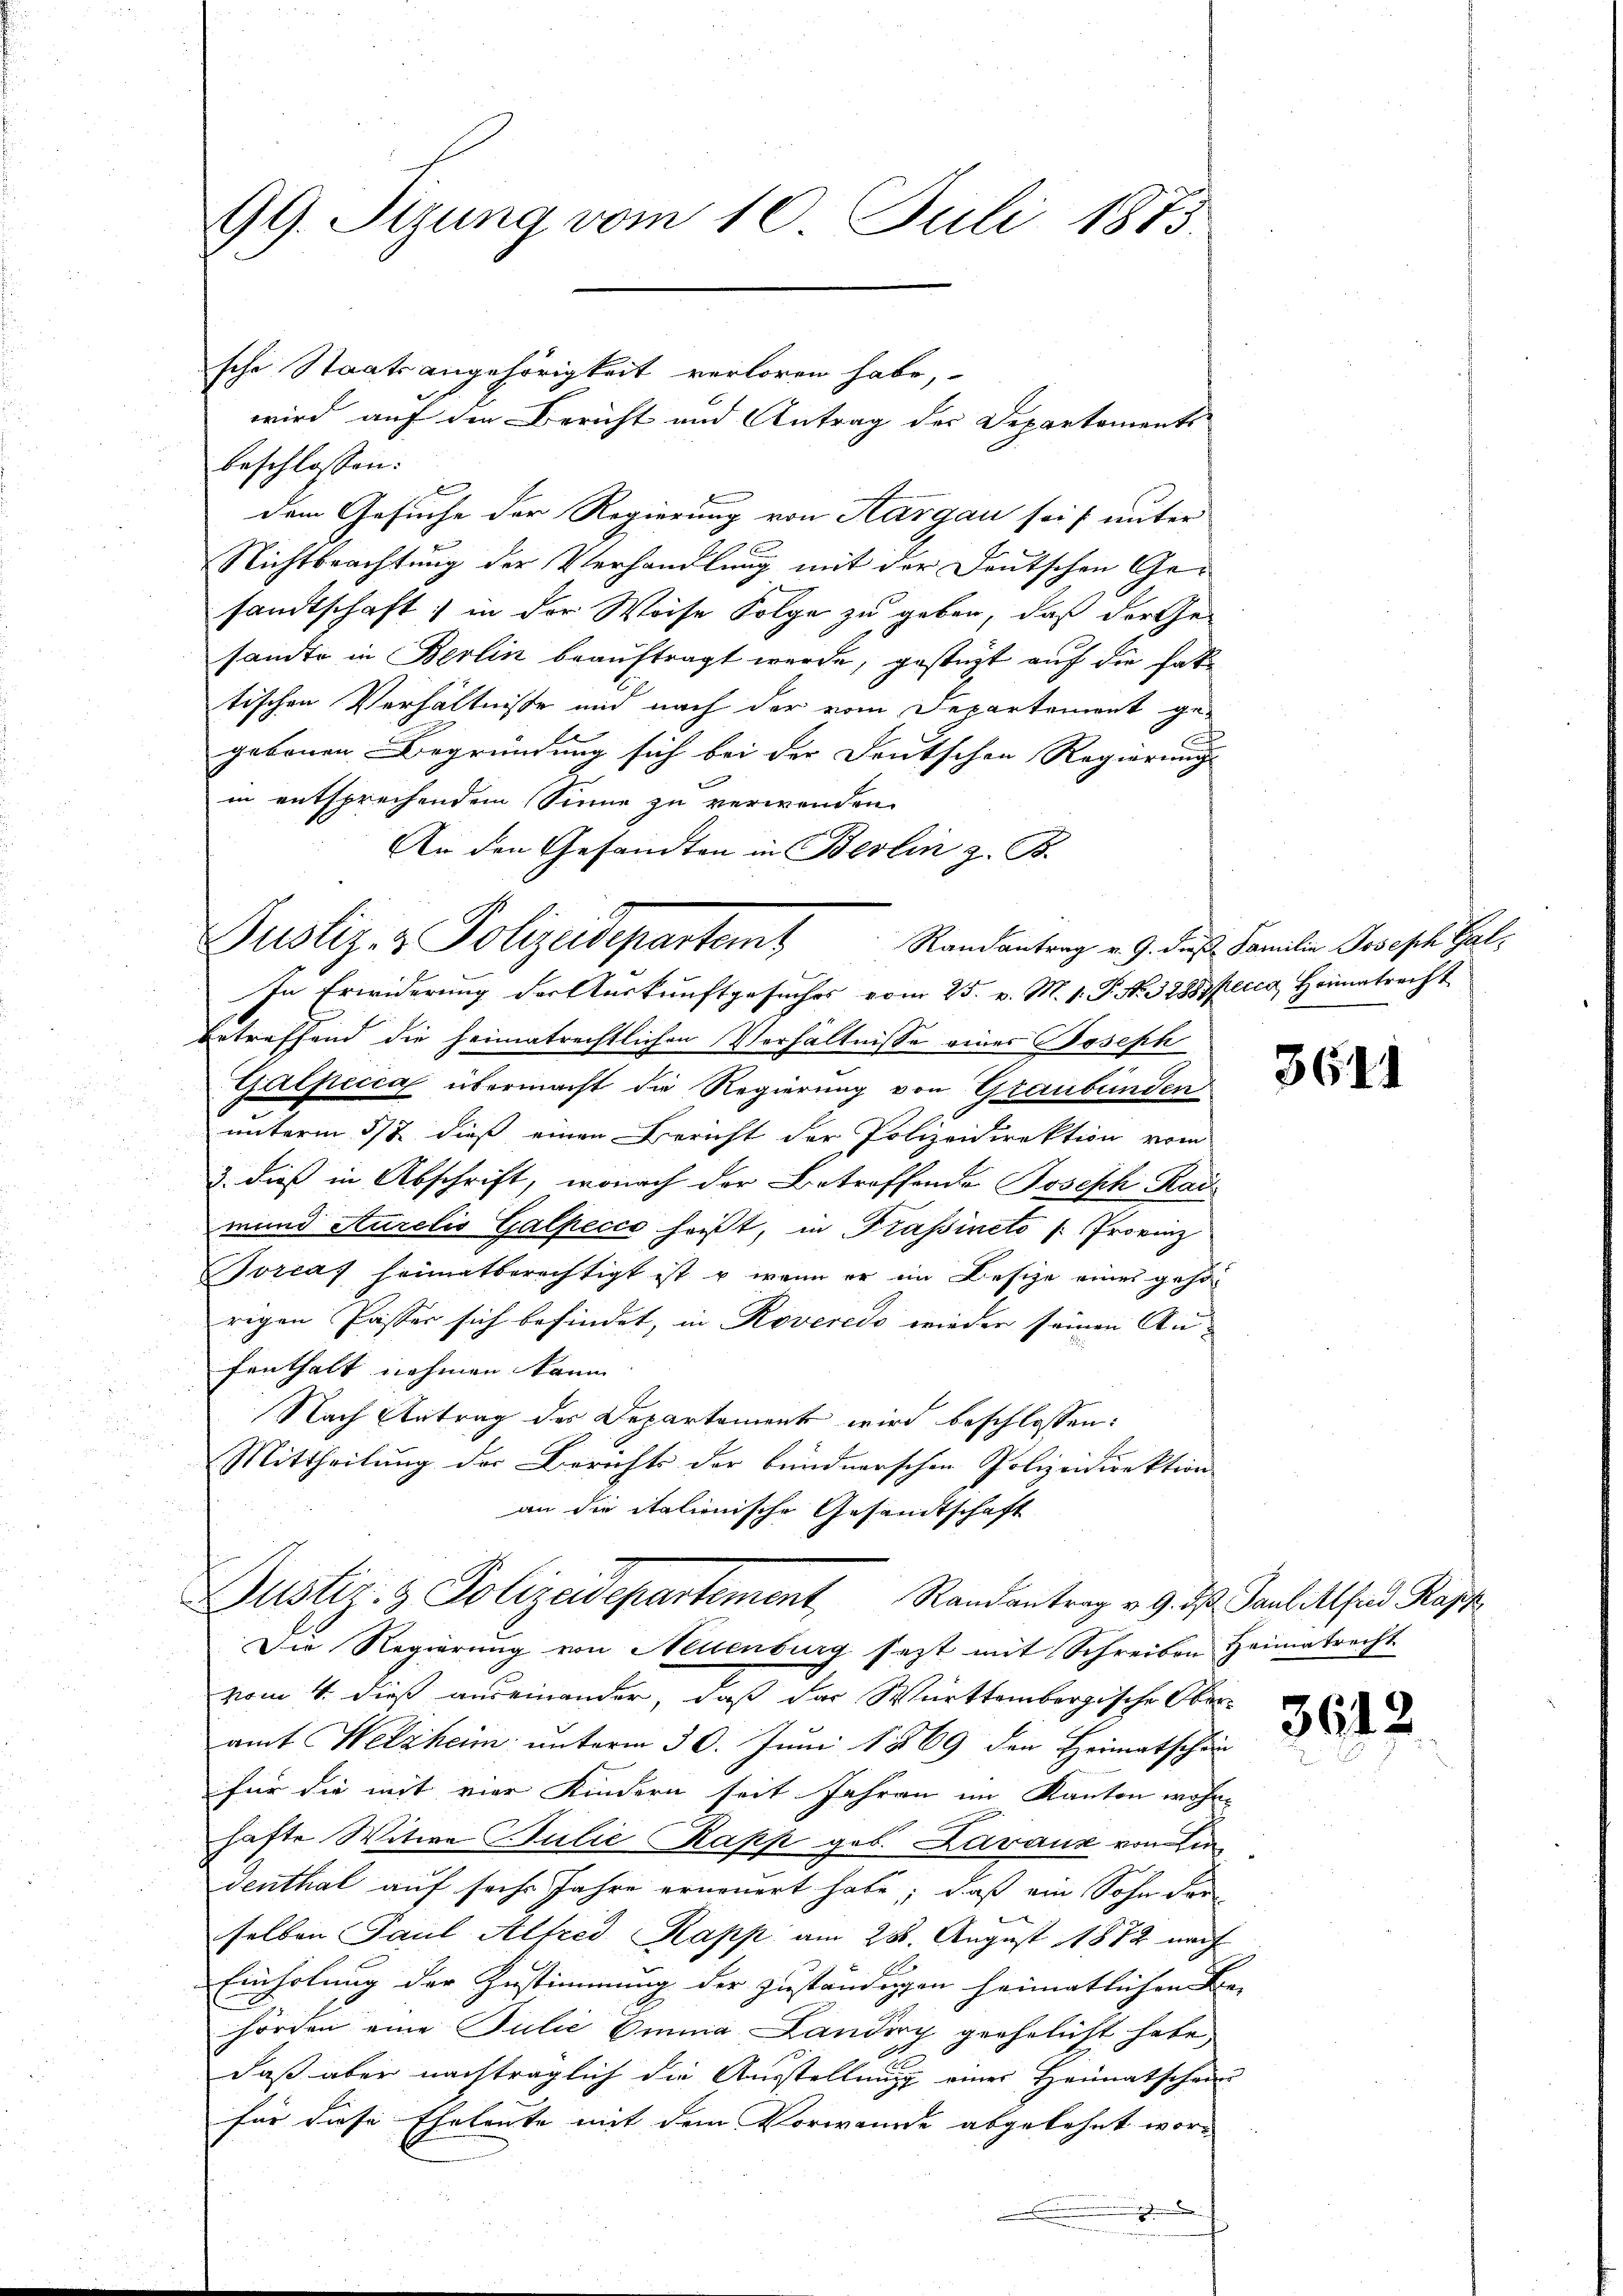
99. Sizung vom 10. Juli 1873.

wird auf die Bericht und Antrag der Departements
beschlossen:
A
dem Gesuche der Regierung von Aargau sei unter
Nichtbeachtung der Verhandlung mit der Deutschen Gesandtschaft in der Weise Folge zu geben, daß der Ge-
sandte in Berlin beauftragt werde, gestüzt auf die fat
tischen Verhältnisse und nach der vom Departement ge-
gebenen Begründung sich bei der Deutschen Regierung
in entsprechendem Sinne zu verwenden.
An den Gesandten in Berlin z. B.
In Erwiderung der Auskunftgesuches vom 25. v. M. 1. P. N. 3288 pecca, Heimatrecht
betreffend die heimatrechtlichen Verhältnisse einer Joseph
Galpecca übermacht die Regierung von Graubünden
unterm 5/8 dieß einen Bericht der Polizeidirektion vom
2. dieß in Abschrift, wonach der Betroffende Joseph Rau
mund Aurelis Galpecco heißt, in Prassincto (Provinz
orcas heimatberechtigt ist u. wenn er im Besize eines gehörigen Passer sich befindet, in Roveredo wieder seinen Anfenthalt nehmen kann
Nach Antrag des Departement wird beschlossen:
Mittheilung der Berichts der bundnerschen Polizeidirektion
an die italienische Gesandtschaft
Justiz- & Polizeidepartement Randantrag v. 9. d. Tantitthard Kapp
Die Regierung von Neuenburg sagt mit Schreiben Heimatrecht
vom 4. dieß auseinander, daß das Württembergische Ober-
amt Welzheim unterm 30. Juni 1869 den Heimatschen
für die mit vier Kindern seit Jahren im Kanton wohnhafte Witwe Julie Kapp geb. Lavaux von Einventhal auf sechs Jahre erneuert habe; daß ein Sohn der
selben Paul Alfred Kapp am 288. August 1872 nach
Einholung der Zustimmung der Zuständigen heimatlichen Be-
hörden eine Julić Omnia Landing geehelicht habe
daß aber nachträglich die Ausstellung eines Heimatschein
für diese Eheleute mit dem Vorwande abgelehnt wor¬
.

Justiz- & Polizeidepartant

sche Staatsangehörigkeit verloren habe,

Randantrag v. 9. dieß Familie Joseph Gal¬

3611

3612